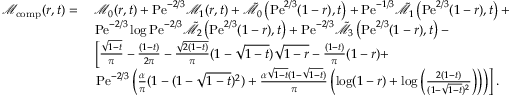
\begin{array} { r l } { \mathcal { M } _ { \mathrm { c o m p } } ( r , t ) = } & { \; \mathcal { M } _ { 0 } ( r , t ) + \mathrm { P e } ^ { - 2 / 3 } \mathcal { M } _ { 1 } ( r , t ) + \tilde { \mathcal { M } } _ { 0 } \left( \mathrm { P e } ^ { 2 / 3 } ( 1 - r ) , t \right) + \mathrm { P e } ^ { - 1 / 3 } \tilde { \mathcal { M } } _ { 1 } \left( \mathrm { P e } ^ { 2 / 3 } ( 1 - r ) , t \right) + } \\ & { \; \mathrm { P e } ^ { - 2 / 3 } \log \mathrm { P e } ^ { - 2 / 3 } \tilde { \mathcal { M } } _ { 2 } \left( \mathrm { P e } ^ { 2 / 3 } ( 1 - r ) , t \right) + \mathrm { P e } ^ { - 2 / 3 } \tilde { \mathcal { M } } _ { 3 } \left( \mathrm { P e } ^ { 2 / 3 } ( 1 - r ) , t \right) - } \\ & { \; \left[ \frac { \sqrt { 1 - t } } { \pi } - \frac { ( 1 - t ) } { 2 \pi } - \frac { \sqrt { 2 ( 1 - t ) } } { \pi } ( 1 - \sqrt { 1 - t } ) \sqrt { 1 - r } - \frac { ( 1 - t ) } { \pi } ( 1 - r ) + \right. } \\ & { \; \left. \mathrm { P e } ^ { - 2 / 3 } \left( \frac { \alpha } { \pi } ( 1 - ( 1 - \sqrt { 1 - t } ) ^ { 2 } ) + \frac { \alpha \sqrt { 1 - t } ( 1 - \sqrt { 1 - t } ) } { \pi } \left( \log ( 1 - r ) + \log \left( \frac { 2 ( 1 - t ) } { ( 1 - \sqrt { 1 - t } ) ^ { 2 } } \right) \right) \right) \right] . } \end{array}